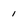
Character: i